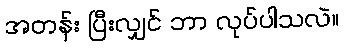
အတန်း ပြီးလျှင် ဘာ လုပ်ပါသလဲ။